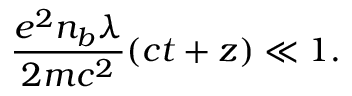
\frac { e ^ { 2 } n _ { b } \lambda } { 2 m c ^ { 2 } } ( c t + z ) \ll 1 .